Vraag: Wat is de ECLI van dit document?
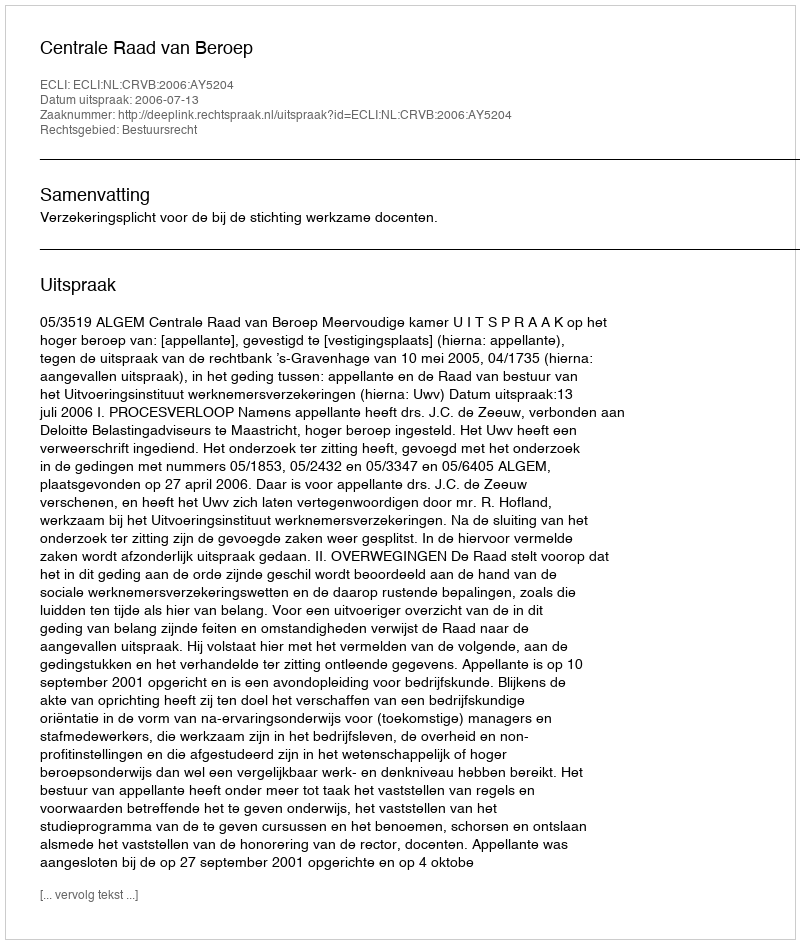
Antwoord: ECLI:NL:CRVB:2006:AY5204